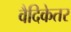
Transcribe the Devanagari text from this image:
वैदिकेतर